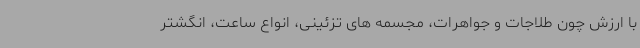
با ارزش چون طلاجات و جواهرات، مجسمه های تزئینی، انواع ساعت، انگشتر